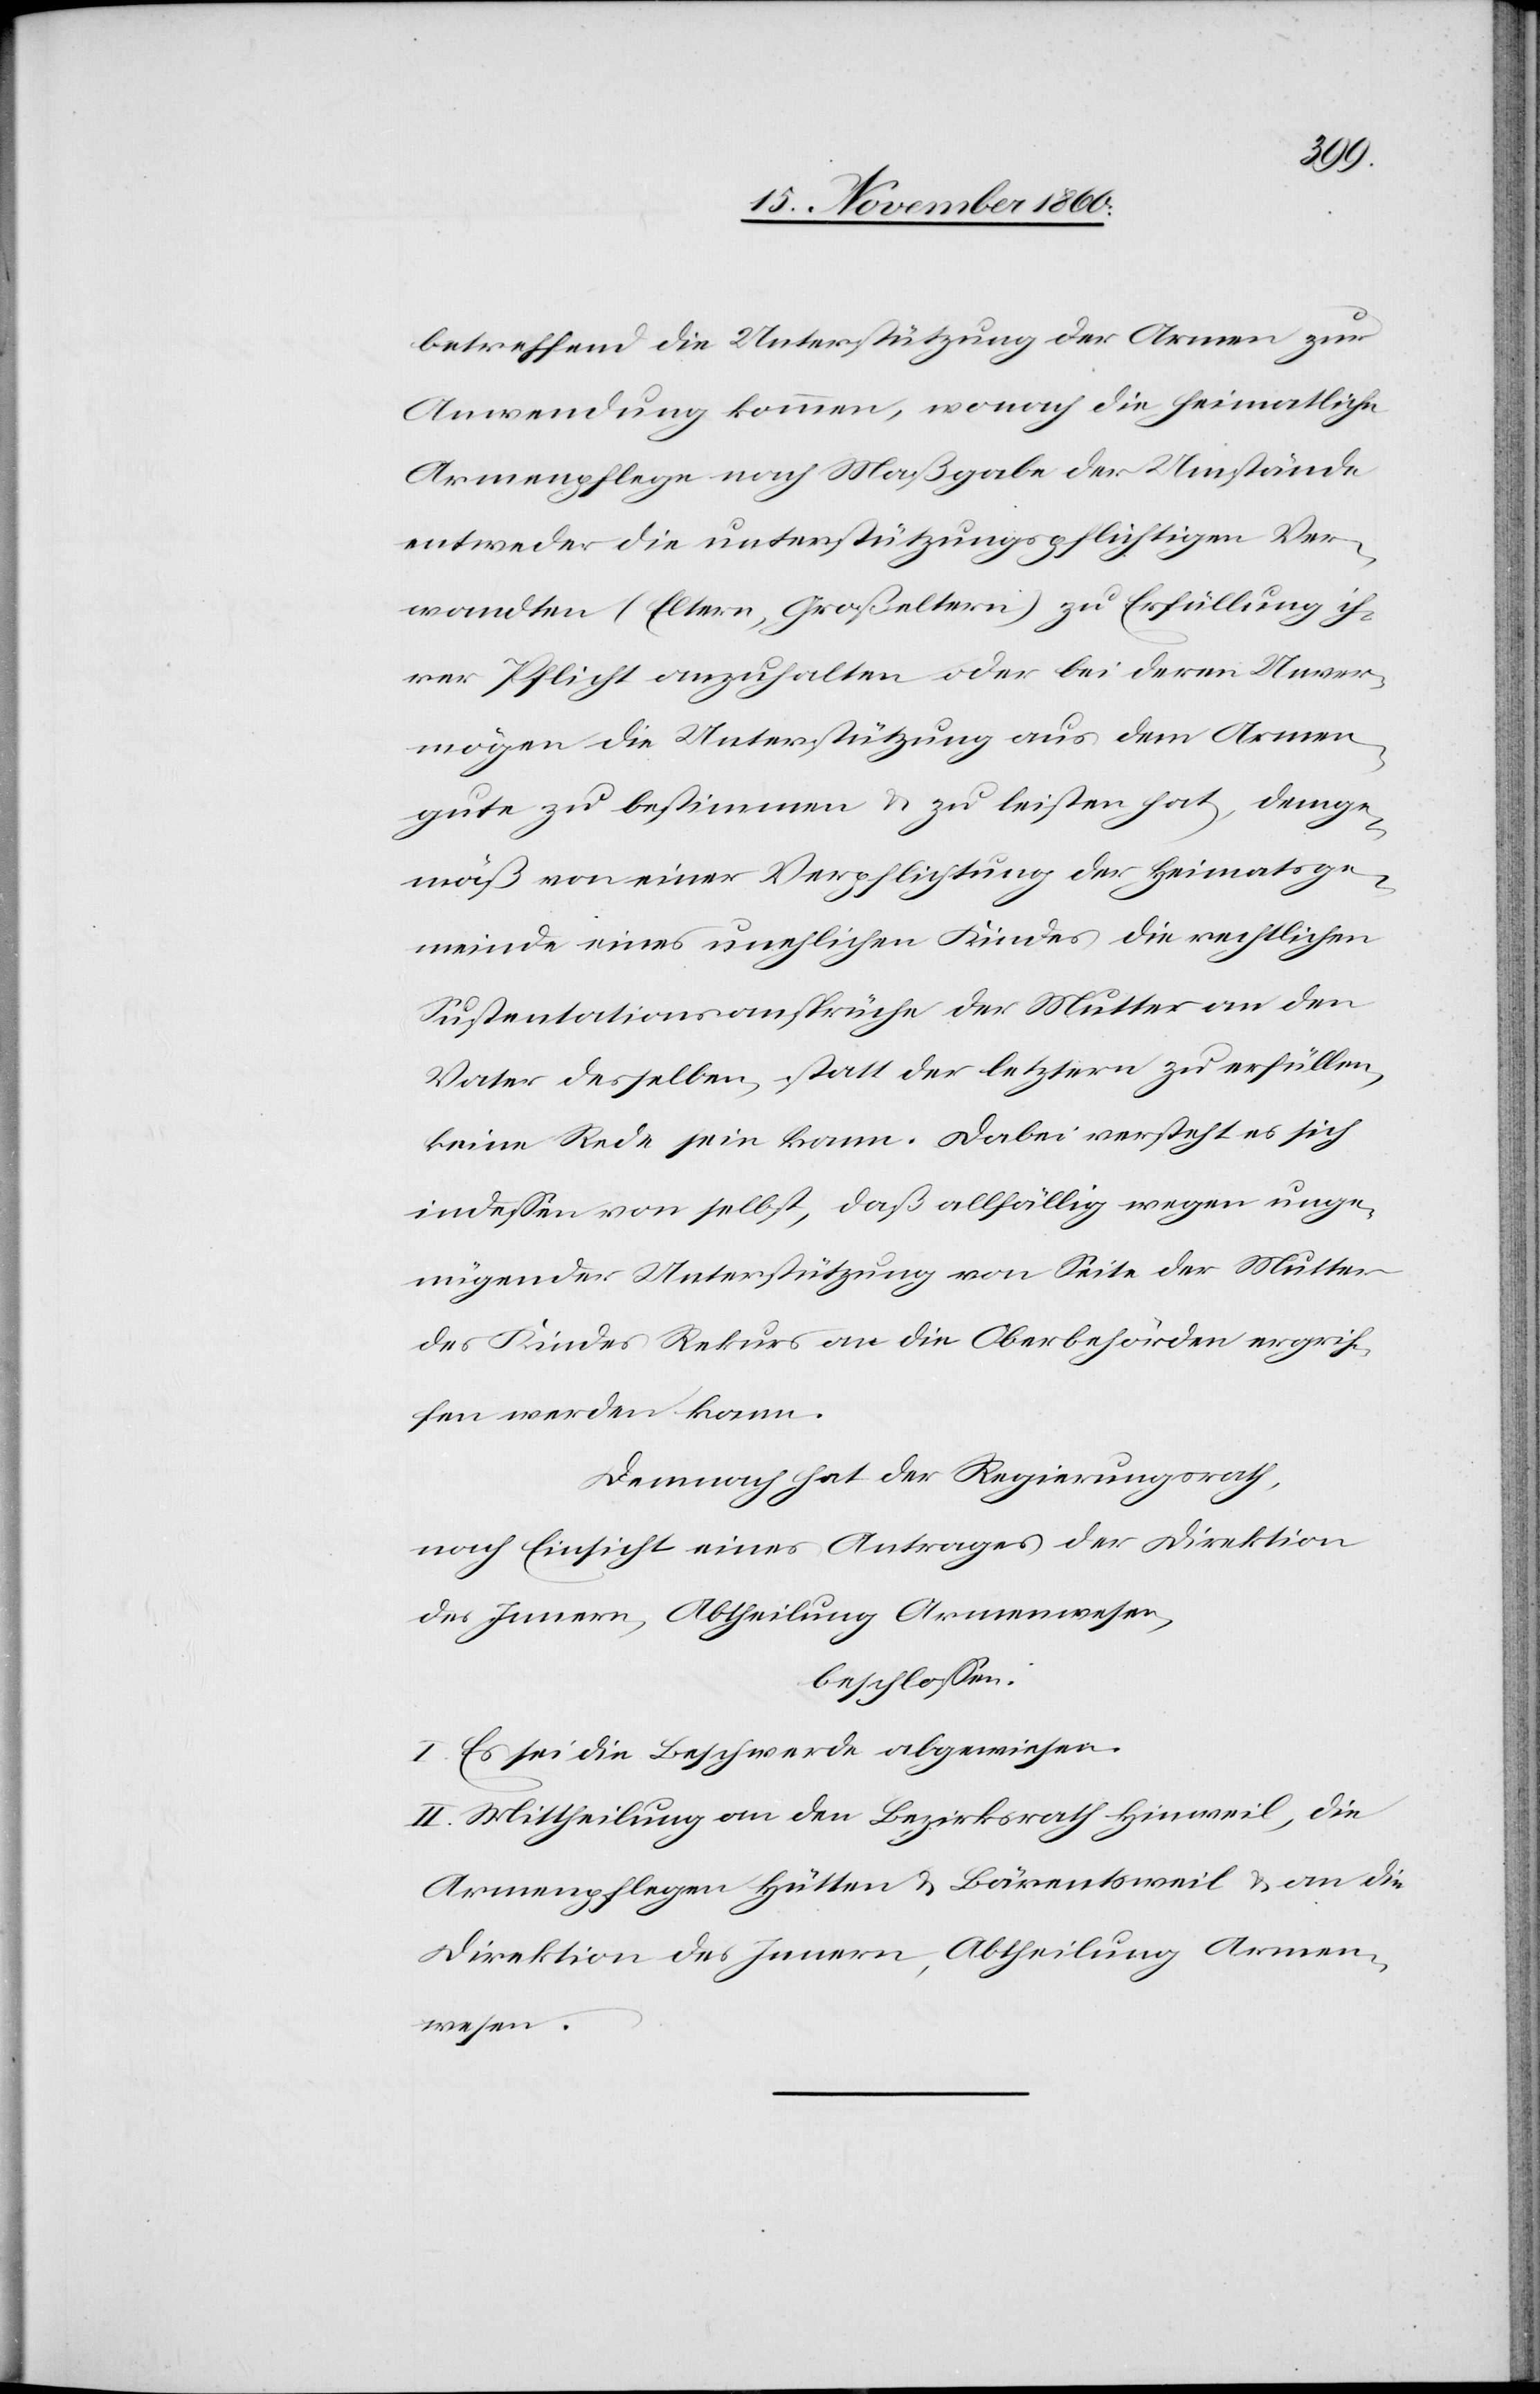
betreffend die Unterstützung der Armen zur
Anwendung kommen, wonach die heimatliche
Armenpflege nach Maßgabe der Umstände
entweder die unterstützungspflichtigen Ver¬
wandten (Eltern, Großeltern) zu Erfüllung ih¬
rer Pflicht anzuhalten oder bei deren Unver¬
mögen die Unterstützung aus dem Armen¬
gute zu bestimmen u. zu leisten hat, demge¬
mäß von einer Verpflichtung der Heimatsge¬
meinde eines unehelichen Kindes die rechtlichen
Sustentationsansprüche der Mutter an den
Vater desselben statt der letztern zu erfüllen,
keine Rede sein kann. Dabei versteht es sich
indessen von selbst, daß allfällig wegen unge¬
nügender Unterstützung von Seite der Mutter
des Kindes Rekurs an die Oberbehörden ergrif¬
fen werden kann.
Demnach hat der Regierungsrath,
nach Einsicht eines Antrages der Direktion
des Innern, Abtheilung Armenwesen,
beschlossen:
I. Es sei die Beschwerde abgewiesen.
II. Mittheilung an den Bezirksrath Hinweil, die
Armenpflege Hütten u. Bärentsweil u. an die
Direktion des Innern, Abtheilung Armen¬
wesen.